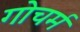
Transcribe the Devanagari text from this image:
गोचर्म